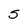
Character: 5